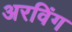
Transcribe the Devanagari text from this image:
अरविंग